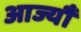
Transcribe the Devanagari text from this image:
आज्यौ